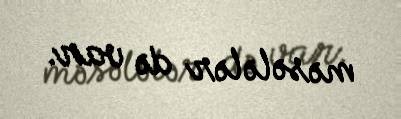
məsələlər də var.